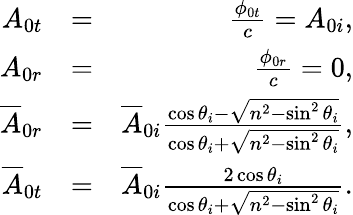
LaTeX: \begin{array}{rlr}{A_{0t}}&{=}&{\frac{\phi_{0t}}{c}=A_{0i},}\\ {A_{0r}}&{=}&{\frac{\phi_{0r}}{c}=0,}\\ {\overline{{A}}_{0r}}&{=}&{\overline{{A}}_{0i}\frac{\cos\theta_{i}-\sqrt{n^{2}-\sin^{2}\theta_{i}}}{\cos\theta_{i}+\sqrt{n^{2}-\sin^{2}\theta_{i}}},}\\ {\overline{{A}}_{0t}}&{=}&{\overline{{A}}_{0i}\frac{2\cos\theta_{i}}{\cos\theta_{i}+\sqrt{n^{2}-\sin^{2}\theta_{i}}}.}\end{array}